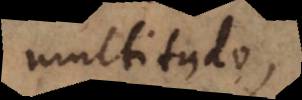
multitudo,